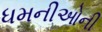
ધમનીઓની